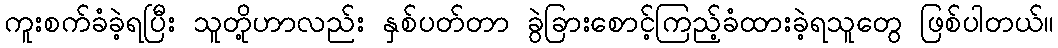
ကူးစက်ခံခဲ့ရပြီး သူတို့ဟာလည်း နှစ်ပတ်တာ ခွဲခြားစောင့်ကြည့်ခံထားခဲ့ရသူတွေ ဖြစ်ပါတယ်။